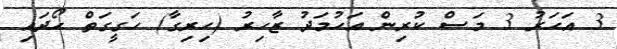
3 އަހަރު 3 މަސް ކުރިން އަހުމަދު ޒާހިރު (ހިރިގާ) ހަގީގަތް ހޯދައި